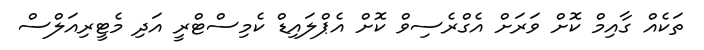
ތަކެއް ގާއިމް ކޮށް ވަރަށް އެގްރެސިވް ކޮށް އެޕްލައިޑް ކެމިސްޓްރީ އަދި މެޓީރިއަލްސް